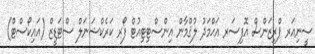
ސީނިއަރ ޕްރިޒަންސް އޮފިސަރ އަޙްމަދު ލުޤްމާން އިންސްޓިޓިއުޓް ފޯރ ކަރެކްޝަނަލް ސްޓަޑީޒް (އައިކޯސްޓް)